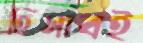
হিসাবই